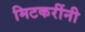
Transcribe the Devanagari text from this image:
मिटकरींनी